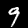
Digit: 9